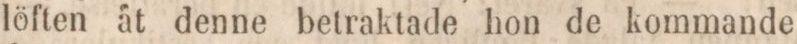
löften åt denne betraktade hon de kommande